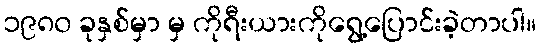
၁၉၈၀ ခုနှစ်မှာ မှ ကိုရီးယားကိုရွေ့ပြောင်းခဲ့တာပါ။